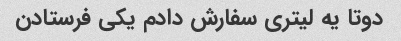
دوتا یه لیتری سفارش دادم یکی فرستادن